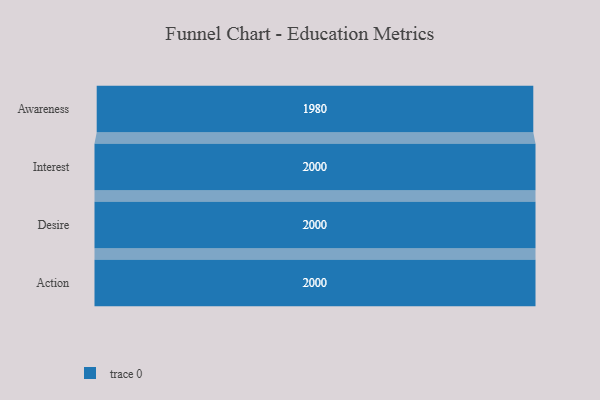
{"axis": {"x": "Stage", "y": "Value"}, "legend": [""], "data": [{"x": "Awareness", "y": 1980.0, "type": ""}, {"x": "Interest", "y": 2000, "type": ""}, {"x": "Desire", "y": 2000, "type": ""}, {"x": "Action", "y": 2000, "type": ""}]}